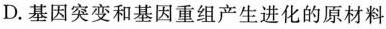
D.基因突变和基因重组产生进化的原材料